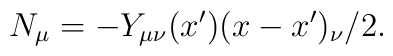
N_{\mu} = -Y_{\mu \nu}(x^{\prime}) (x-x^{\prime})_\nu/2.